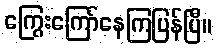
ကြွေးကြော်နေကြပြန်ပြီ။